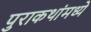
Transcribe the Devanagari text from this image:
पुराकथांमध्ये